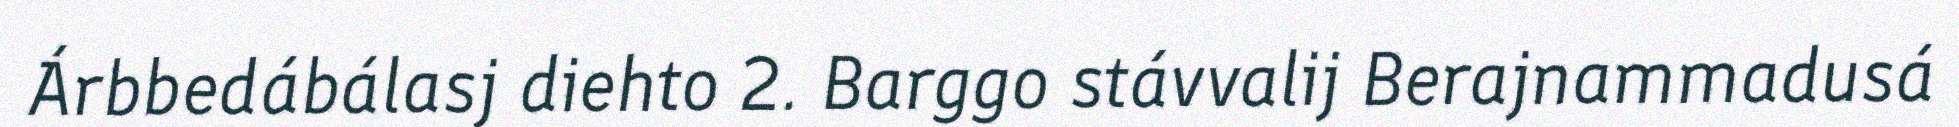
Árbbedábálasj diehto 2. Barggo stávvalij Berajnammadusá